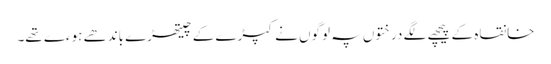
خانقاہ کے پیچھے لگے درختوں پہ لوگوں نے کپڑے کے چیتھڑے باندھے ہوءے تھے۔